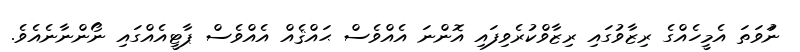
ނުަވަތަ އެމީހެއްގެ ރިޒާވުގައި ރިޒާވްކުރެވިފައި އޮންނަ އެއްވެސް ޙައްޤެއް އެއްވެސް ޕާޓީއެއްގައި ނޯންނާނެއެވެ.